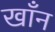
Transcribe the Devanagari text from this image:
खाँन